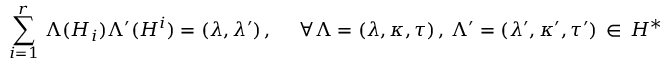
\sum _ { i = 1 } ^ { r } \, \Lambda ( H _ { i } ) \Lambda ^ { \prime } ( H ^ { i } ) = ( \lambda , \lambda ^ { \prime } ) \, , ~ ~ ~ ~ \forall \Lambda = ( \lambda , \kappa , \tau ) \, , \, \Lambda ^ { \prime } = ( \lambda ^ { \prime } , \kappa ^ { \prime } , \tau ^ { \prime } ) \, \in \, { \cal H } ^ { * }